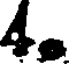
4.